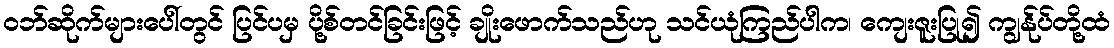
ဝဘ်ဆိုက်များပေါ်တွင် ပြင်ပမှ ပို့စ်တင်ခြင်းဖြင့် ချိုးဖောက်သည်ဟု သင်ယုံကြည်ပါက၊ ကျေးဇူးပြု၍ ကျွန်ုပ်တို့ထံ